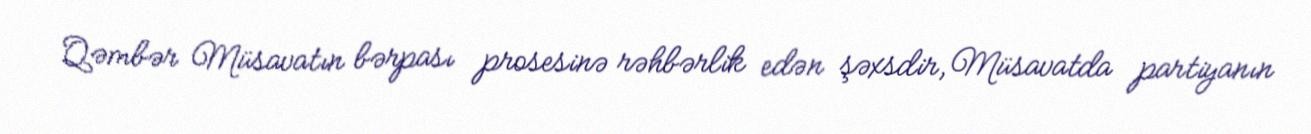
Qəmbər Müsavatın bərpası prosesinə rəhbərlik edən şəxsdir, Müsavatda partiyanın